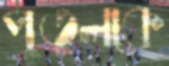
পুতুলকে